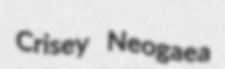
Crisey Neogaea